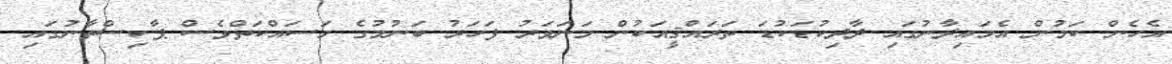
އެހެން ކަމުން އެމައިދާނުގައި ދާދިކުޑަކުޑަ ތަރައްޤީއަކުން މަނަވަރު ފަަހަރު ބަނުމުގެ މަސައްކަތްވެސް ޕާކިސްތާނުގައި